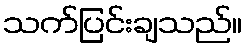
သက်ပြင်းချသည်။